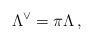
\begin{align*} \Lambda^{\vee} = \pi \Lambda \, ,\end{align*}